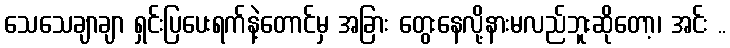
သေသေချာချာ ရှင်းပြပေးရက်နဲ့တောင်မှ အခြား တွေးနေလို့နားမလည်ဘူးဆိုတော့၊ အင်း ..